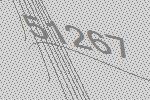
51267